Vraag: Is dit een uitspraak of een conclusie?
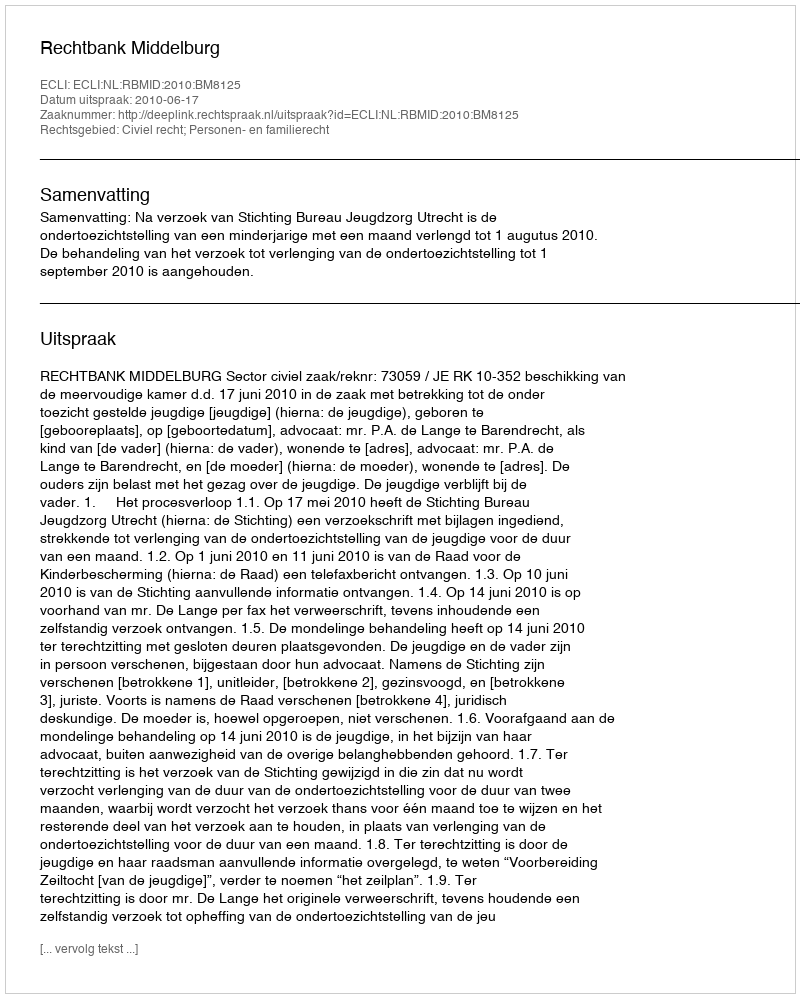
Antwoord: Uitspraak